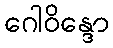
ဂေါဝိန္ဒော